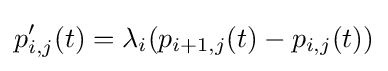
p'_{i,j}(t)=\lambda _{i}(p_{i+1,j}(t)-p_{i,j}(t))